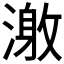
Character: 𰜹